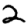
Digit: 2